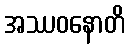
အဿဝနောတိ